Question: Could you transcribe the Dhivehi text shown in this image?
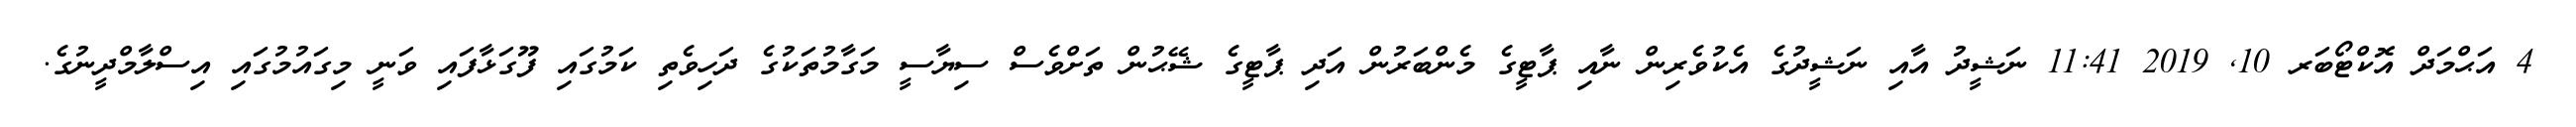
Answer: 4 އަޙްމަދް އޮކްޓޯބަރ 10, 2019 11:41 ނަޝީދު އާއި ނަޝީދުގެ އެކުވެރިން ނާއި ޕާޓީގެ މެންބަރުން އަދި ޕާޓީގެ ޝޭޙުން ތަށްވެސް ސިޔާސީ މަގާމުތަކުގެ ދަހިވެތި ކަމުގައި ފޫގަޅާފައި ވަނީ މިގައުމުގައި އިސްލާމްދީނުގެ.